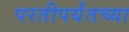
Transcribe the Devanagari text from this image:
परतीपर्यंतच्या